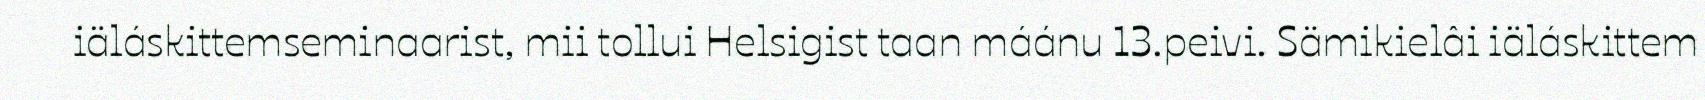
iäláskittemseminaarist, mii tollui Helsigist taan máánu 13.peivi. Sämikielâi iäláskittem